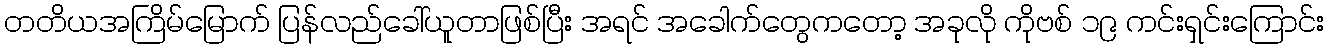
တတိယအကြိမ်မြောက် ပြန်လည်ခေါ်ယူတာဖြစ်ပြီး အရင် အခေါက်တွေကတော့ အခုလို ကိုဗစ် ၁၉ ကင်းရှင်းကြောင်း